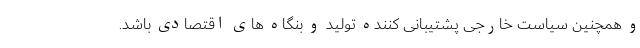
و همچنین سیاست خارجی پشتیبانی کننده تولید و بنگاه های اقتصادی باشد.